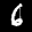
Label: 6